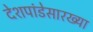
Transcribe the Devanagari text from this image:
देशपांडेसारख्या